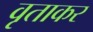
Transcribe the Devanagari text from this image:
वृताकर